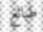
طبائع